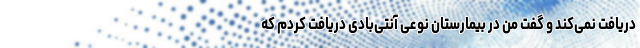
دریافت نمی‌کند و گفت من در بیمارستان نوعی آنتی‌بادی دریافت کردم که